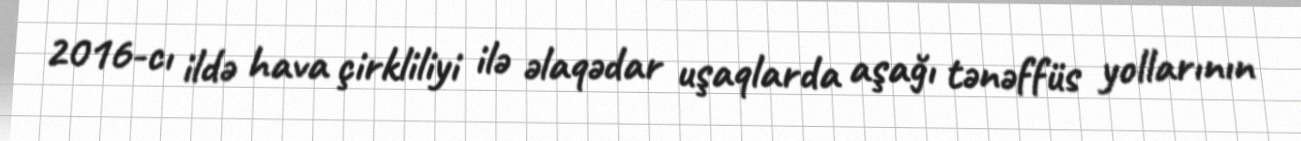
2016-cı ildə hava çirkliliyi ilə əlaqədar uşaqlarda aşağı tənəffüs yollarının